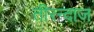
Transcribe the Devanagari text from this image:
तीरन्दाज